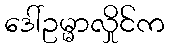
ဒေါ်ဥမ္မာလှိုင်က